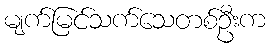
မျက်မြင်သက်သေတစ်ဦးက